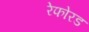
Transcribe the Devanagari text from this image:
रेफोरड